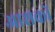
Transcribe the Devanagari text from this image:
आशकों